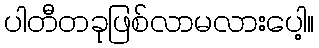
ပါတီတခုဖြစ်လာမလားပေါ့။